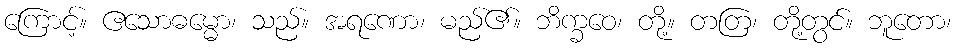
ကြောင့်။ ဧသောဓမ္မော၊ သည်။ အရဏော၊ မည်၏။ ဘိက္ခဝေ၊ တို့။ တတြ၊ တို့တွင်။ ဘူတော၊